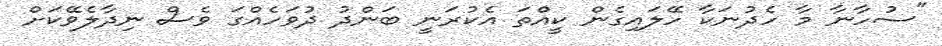
"ސުހާނާ މާ ހެދުނަކާ ހޭލައިގެން ކީއްތަ އެކުރަނީ ބަންދު ދުވަހެއްގަ ވެސް ނިދާލެވޭކަށް